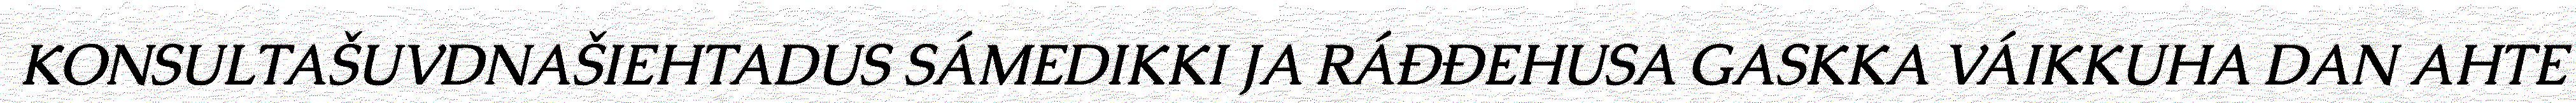
KONSULTAŠUVDNAŠIEHTADUS SÁMEDIKKI JA RÁĐĐEHUSA GASKKA VÁIKKUHA DAN AHTE